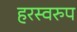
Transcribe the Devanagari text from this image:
हरस्वरुप